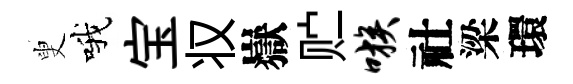
叟哦宝𠬧嶽贮嗾社梁環